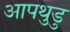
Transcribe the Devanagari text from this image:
आपथुडु